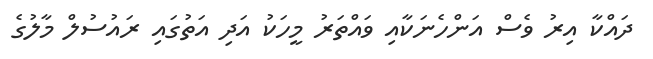
ދައްކާ އިރު ވެސް އަންހެނަކާއި ވައްތަރު މީހަކު އަދި އަތުގައި ރައުސުލް މާލުގެ